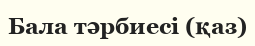
Бала тәрбиесі (қаз)